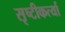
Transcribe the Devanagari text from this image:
सृष्टीकर्त्या